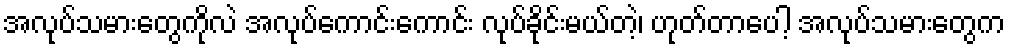
အလုပ်သမားတွေကိုလဲ အလုပ်ကောင်းကောင်း လုပ်ခိုင်းမယ်တဲ့၊ ဟုတ်တာပေါ့ အလုပ်သမားတွေက